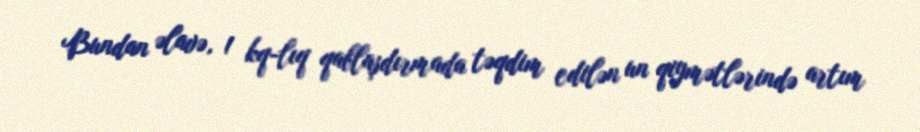
Bundan əlavə, 1 kq-lıq qablaşdırmada təqdim edilən un qiymətlərində artım